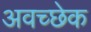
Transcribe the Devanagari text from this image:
अवच्छेक